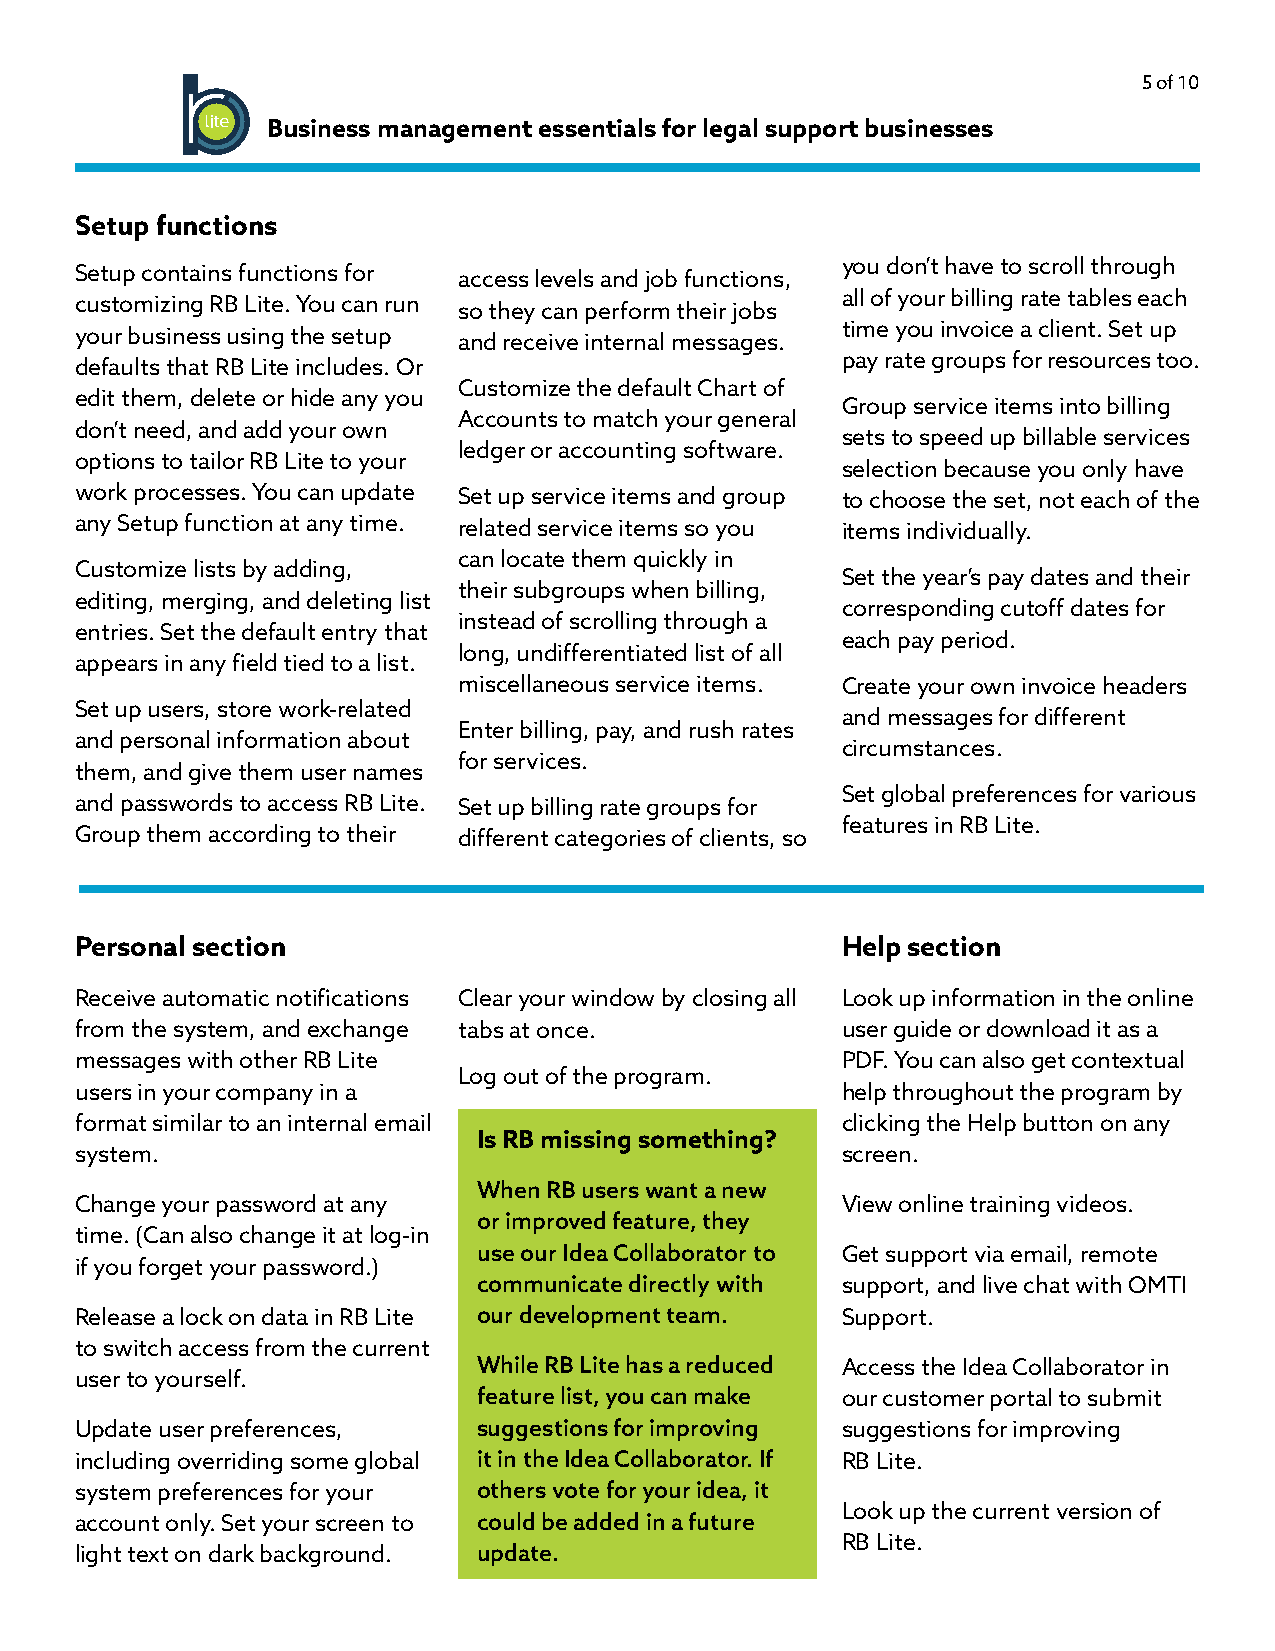
5 of 10
 Business management essentials for legal support businesses
 Setup functions
 you don’t have to scroll through
 Setup contains functions for access levels and job functions,
 all of your billing rate tables each
 customizing RB Lite. You can run so they can perform their jobs
 time you invoice a client. Set up
 your business using the setup and receive internal messages.
 pay rate groups for resources too.
 defaults that RB Lite includes. Or
 Customize the default Chart of
 edit them, delete or hide any you
 Group service items into billing
 Accounts to match your general
 don’t need, and add your own
 sets to speed up billable services
 ledger or accounting software.
 options to tailor RB Lite to your
 selection because you only have
 work processes. You can update Set up service items and group to choose the set, not each of the
 any Setup function at any time. related service items so you items individually.
 can locate them quickly in
 Customize lists by adding,
 Set the year’s pay dates and their
 their subgroups when billing,
 editing, merging, and deleting list
 corresponding cutoff dates for
 instead of scrolling through a
 entries. Set the default entry that
 each pay period.
 long, undifferentiated list of all
 appears in any field tied to a list.
 miscellaneous service items. Create your own invoice headers
 Set up users, store work-related
 and messages for different
 Enter billing, pay, and rush rates
 and personal information about
 circumstances.
 for services.
 them, and give them user names
 Set global preferences for various
 and passwords to access RB Lite. Set up billing rate groups for
 features in RB Lite.
 Group them according to their different categories of clients, so
 Personal section                                   Help section
 Receive automatic notifications Clear your window by closing all Look up information in the online
 from the system, and exchange tabs at once.        user guide or download it as a
 messages with other RB Lite                        PDF. You can also get contextual
 Log out of the program.
 users in your company in a                         help throughout the program by
 format similar to an internal email                clicking the Help button on any
 Is RB missing something?
 system.                                            screen.
 When RB users want a new
 Change your password at any                        View online training videos.
 or improved feature, they
 time. (Can also change it at log-in
 use our Idea Collaborator to Get support via email, remote
 if you forget your password.)
 communicate directly with support, and live chat with OMTI
 Release a lock on data in RB Lite our development team. Support.
 to switch access from the current
 While RB Lite has a reduced Access the Idea Collaborator in
 user to yourself.
 feature list, you can make our customer portal to submit
 Update user preferences,   suggestions for improving suggestions for improving
 including overriding some global it in the Idea Collaborator. If RB Lite.
 system preferences for your others vote for your idea, it
 Look up the current version of
 account only. Set your screen to could be added in a future
 RB Lite.
 light text on dark background. update.